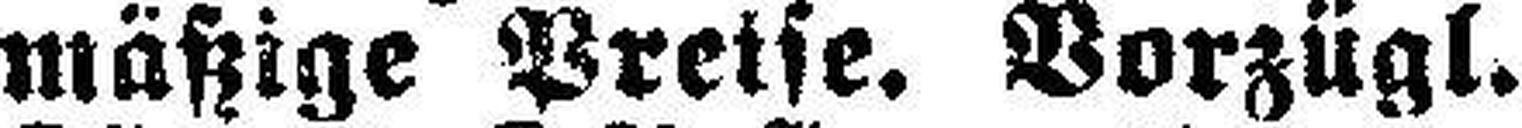
mäßige Preise. Vorzügl.